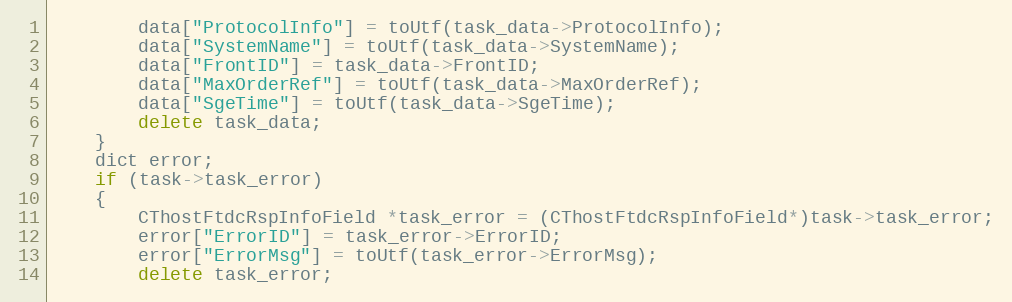
Language: C++
		data["ProtocolInfo"] = toUtf(task_data->ProtocolInfo);
		data["SystemName"] = toUtf(task_data->SystemName);
		data["FrontID"] = task_data->FrontID;
		data["MaxOrderRef"] = toUtf(task_data->MaxOrderRef);
		data["SgeTime"] = toUtf(task_data->SgeTime);
		delete task_data;
	}
	dict error;
	if (task->task_error)
	{
		CThostFtdcRspInfoField *task_error = (CThostFtdcRspInfoField*)task->task_error;
		error["ErrorID"] = task_error->ErrorID;
		error["ErrorMsg"] = toUtf(task_error->ErrorMsg);
		delete task_error;